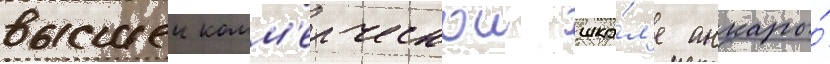
высшеи комм'ерческои шко́л'е анкары́